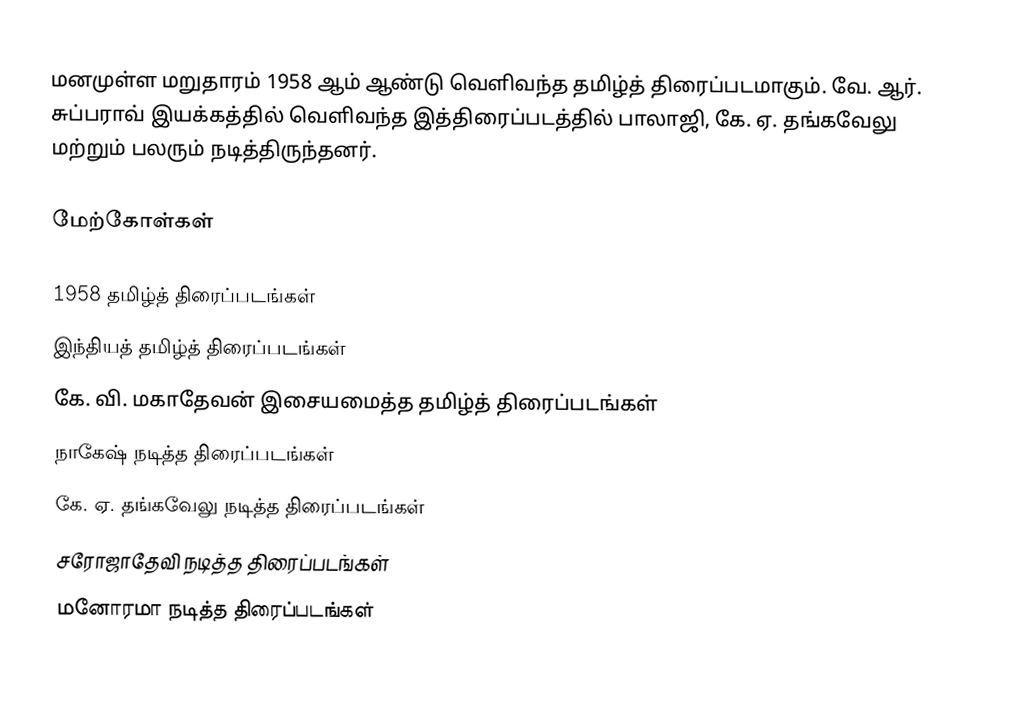
மனமுள்ள மறுதாரம் 1958 ஆம் ஆண்டு வெளிவந்த தமிழ்த் திரைப்படமாகும். வே. ஆர். சுப்பராவ் இயக்கத்தில் வெளிவந்த இத்திரைப்படத்தில் பாலாஜி, கே. ஏ. தங்கவேலு மற்றும் பலரும் நடித்திருந்தனர்.

மேற்கோள்கள்

1958 தமிழ்த் திரைப்படங்கள்
இந்தியத் தமிழ்த் திரைப்படங்கள்
கே. வி. மகாதேவன் இசையமைத்த தமிழ்த் திரைப்படங்கள்
நாகேஷ் நடித்த திரைப்படங்கள்
கே. ஏ. தங்கவேலு நடித்த திரைப்படங்கள்
சரோஜாதேவி நடித்த திரைப்படங்கள்
மனோரமா நடித்த திரைப்படங்கள்